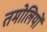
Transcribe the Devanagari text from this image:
तमोलियों